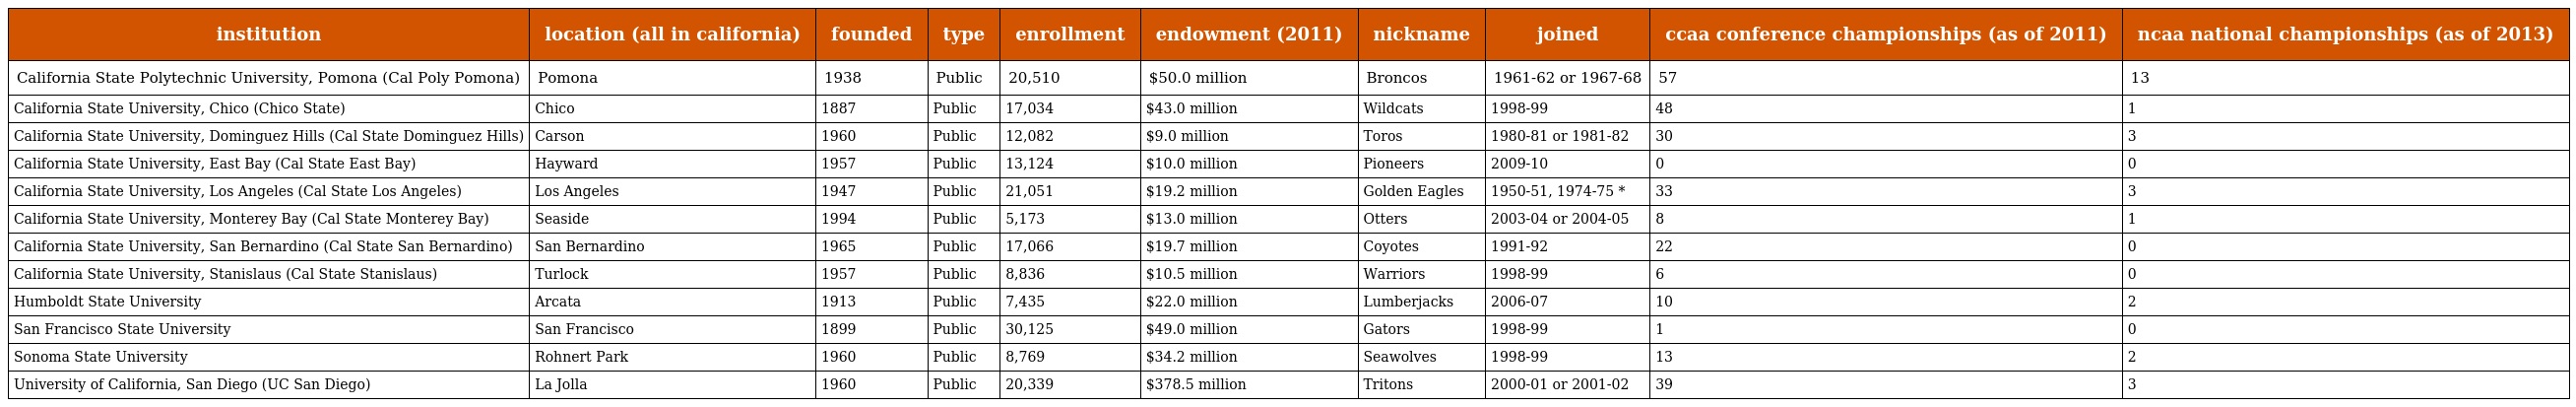
| institution | location (all in california) | founded | type | enrollment | endowment (2011) | nickname | joined | ccaa conference championships (as of 2011) | ncaa national championships (as of 2013) |
 | --- | --- | --- | --- | --- | --- | --- | --- | --- | --- |
 | California State Polytechnic University, Pomona (Cal Poly Pomona) | Pomona | 1938 | Public | 20,510 | $50.0 million | Broncos | 1961-62 or 1967-68 | 57 | 13 |
 | California State University, Chico (Chico State) | Chico | 1887 | Public | 17,034 | $43.0 million | Wildcats | 1998-99 | 48 | 1 |
 | California State University, Dominguez Hills (Cal State Dominguez Hills) | Carson | 1960 | Public | 12,082 | $9.0 million | Toros | 1980-81 or 1981-82 | 30 | 3 |
 | California State University, East Bay (Cal State East Bay) | Hayward | 1957 | Public | 13,124 | $10.0 million | Pioneers | 2009-10 | 0 | 0 |
 | California State University, Los Angeles (Cal State Los Angeles) | Los Angeles | 1947 | Public | 21,051 | $19.2 million | Golden Eagles | 1950-51, 1974-75 * | 33 | 3 |
 | California State University, Monterey Bay (Cal State Monterey Bay) | Seaside | 1994 | Public | 5,173 | $13.0 million | Otters | 2003-04 or 2004-05 | 8 | 1 |
 | California State University, San Bernardino (Cal State San Bernardino) | San Bernardino | 1965 | Public | 17,066 | $19.7 million | Coyotes | 1991-92 | 22 | 0 |
 | California State University, Stanislaus (Cal State Stanislaus) | Turlock | 1957 | Public | 8,836 | $10.5 million | Warriors | 1998-99 | 6 | 0 |
 | Humboldt State University | Arcata | 1913 | Public | 7,435 | $22.0 million | Lumberjacks | 2006-07 | 10 | 2 |
 | San Francisco State University | San Francisco | 1899 | Public | 30,125 | $49.0 million | Gators | 1998-99 | 1 | 0 |
 | Sonoma State University | Rohnert Park | 1960 | Public | 8,769 | $34.2 million | Seawolves | 1998-99 | 13 | 2 |
 | University of California, San Diego (UC San Diego) | La Jolla | 1960 | Public | 20,339 | $378.5 million | Tritons | 2000-01 or 2001-02 | 39 | 3 |